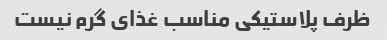
ظرف پلاستیکی مناسب غذای گرم نیست